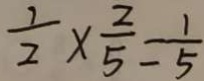
\frac { 1 } { 2 } \times \frac { 2 } { 5 } = \frac { 1 } { 5 }